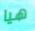
هيا